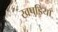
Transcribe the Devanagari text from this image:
खपड़ियाँ